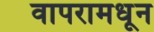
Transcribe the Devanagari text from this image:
वापरामधून